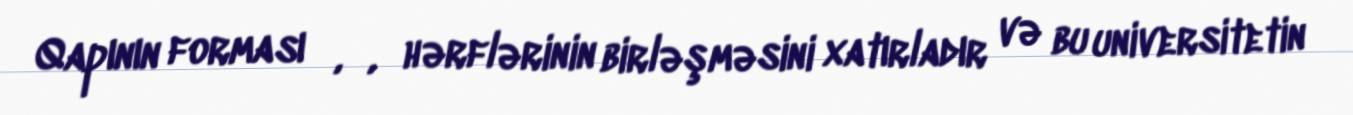
Qapının forması ㄱ,ㅅ,ㄷhərflərinin birləşməsini xatırladır və bu universitetin